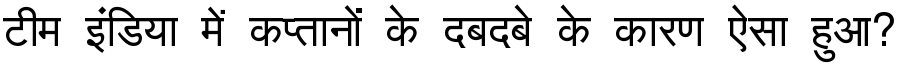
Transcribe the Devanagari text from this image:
टीम इंडिया में कप्तानों के दबदबे के कारण ऐसा हुआ?